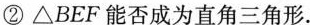
②△BEF能否成为直角三角形.